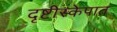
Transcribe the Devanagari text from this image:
दृष्टीस्केपात